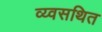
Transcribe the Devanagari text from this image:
व्य्वसथित